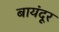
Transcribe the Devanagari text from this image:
बायंदूर